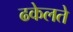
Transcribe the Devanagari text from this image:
ढकेलते